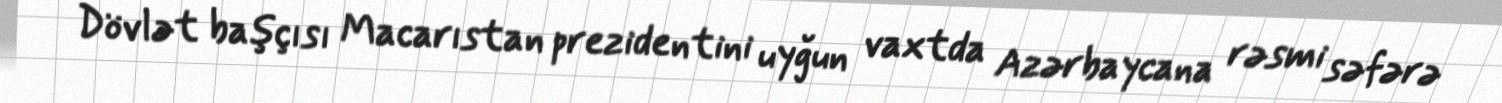
Dövlət başçısı Macarıstan prezidentini uyğun vaxtda Azərbaycana rəsmi səfərə